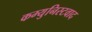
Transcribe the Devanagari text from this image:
कम्युनिस्टवाद